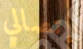
إتصالي